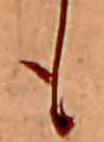
も